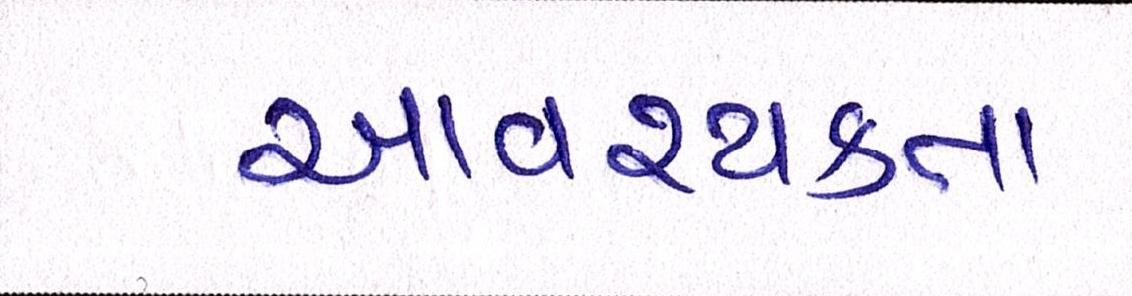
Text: આવશ્યકતા